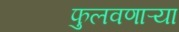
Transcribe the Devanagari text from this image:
फुलवणाऱ्या